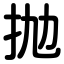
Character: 抛